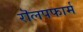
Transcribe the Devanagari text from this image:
रॊलपफार्म